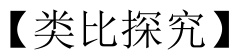
【类比探究】